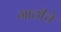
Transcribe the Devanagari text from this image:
गाठीचे